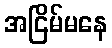
အငြိမ်မနေ